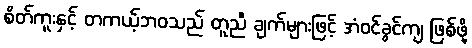
စိတ်ကူးနှင့် တကယ့်ဘဝသည် တူညီ ချက်များဖြင့် အံဝင်ခွင်ကျ ဖြစ်ဖို့